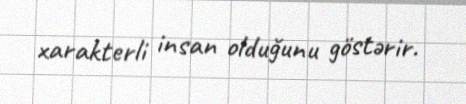
xarakterli insan olduğunu göstərir.